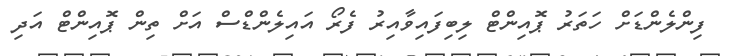
ފިންލެންޑަށް ހަތަރު ޕޮއިންޓް ލިބިފައިވާއިރު ފެރޯ އައިލެންޑްސް އަށް ތިން ޕޮއިންޓް އަދި